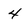
Character: 4